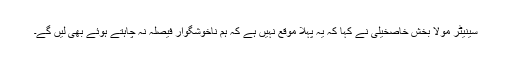
سینیٹر مولا بخش خاصخیلی نے کہا کہ یہ پہلا موقع نہیں ہے کہ ہم ناخوشگوار فیصلہ نہ چاہتے ہوئے بھی لیں گے۔